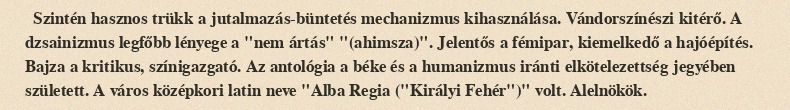
Szintén hasznos trükk a jutalmazás-büntetés mechanizmus kihasználása. Vándorszínészi kitérő. A dzsainizmus legfőbb lényege a "nem ártás" "(ahimsza)". Jelentős a fémipar, kiemelkedő a hajóépítés. Bajza a kritikus, színigazgató. Az antológia a béke és a humanizmus iránti elkötelezettség jegyében született. A város középkori latin neve "Alba Regia ("Királyi Fehér")" volt. Alelnökök.